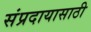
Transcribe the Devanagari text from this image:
संप्रदायासाठी